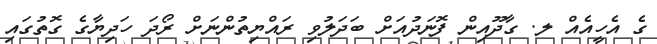
ގެ އެހީއެއް ލ. ގާދޫއިން ފޮނަދުއަށް ބަދަލުވި ރައްޔިތުންނަށް ރޯދަ ހަދިޔާގެ ގޮތުގައި